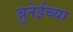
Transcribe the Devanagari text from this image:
ब्रुनेईच्या